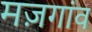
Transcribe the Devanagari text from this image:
मज़गांव